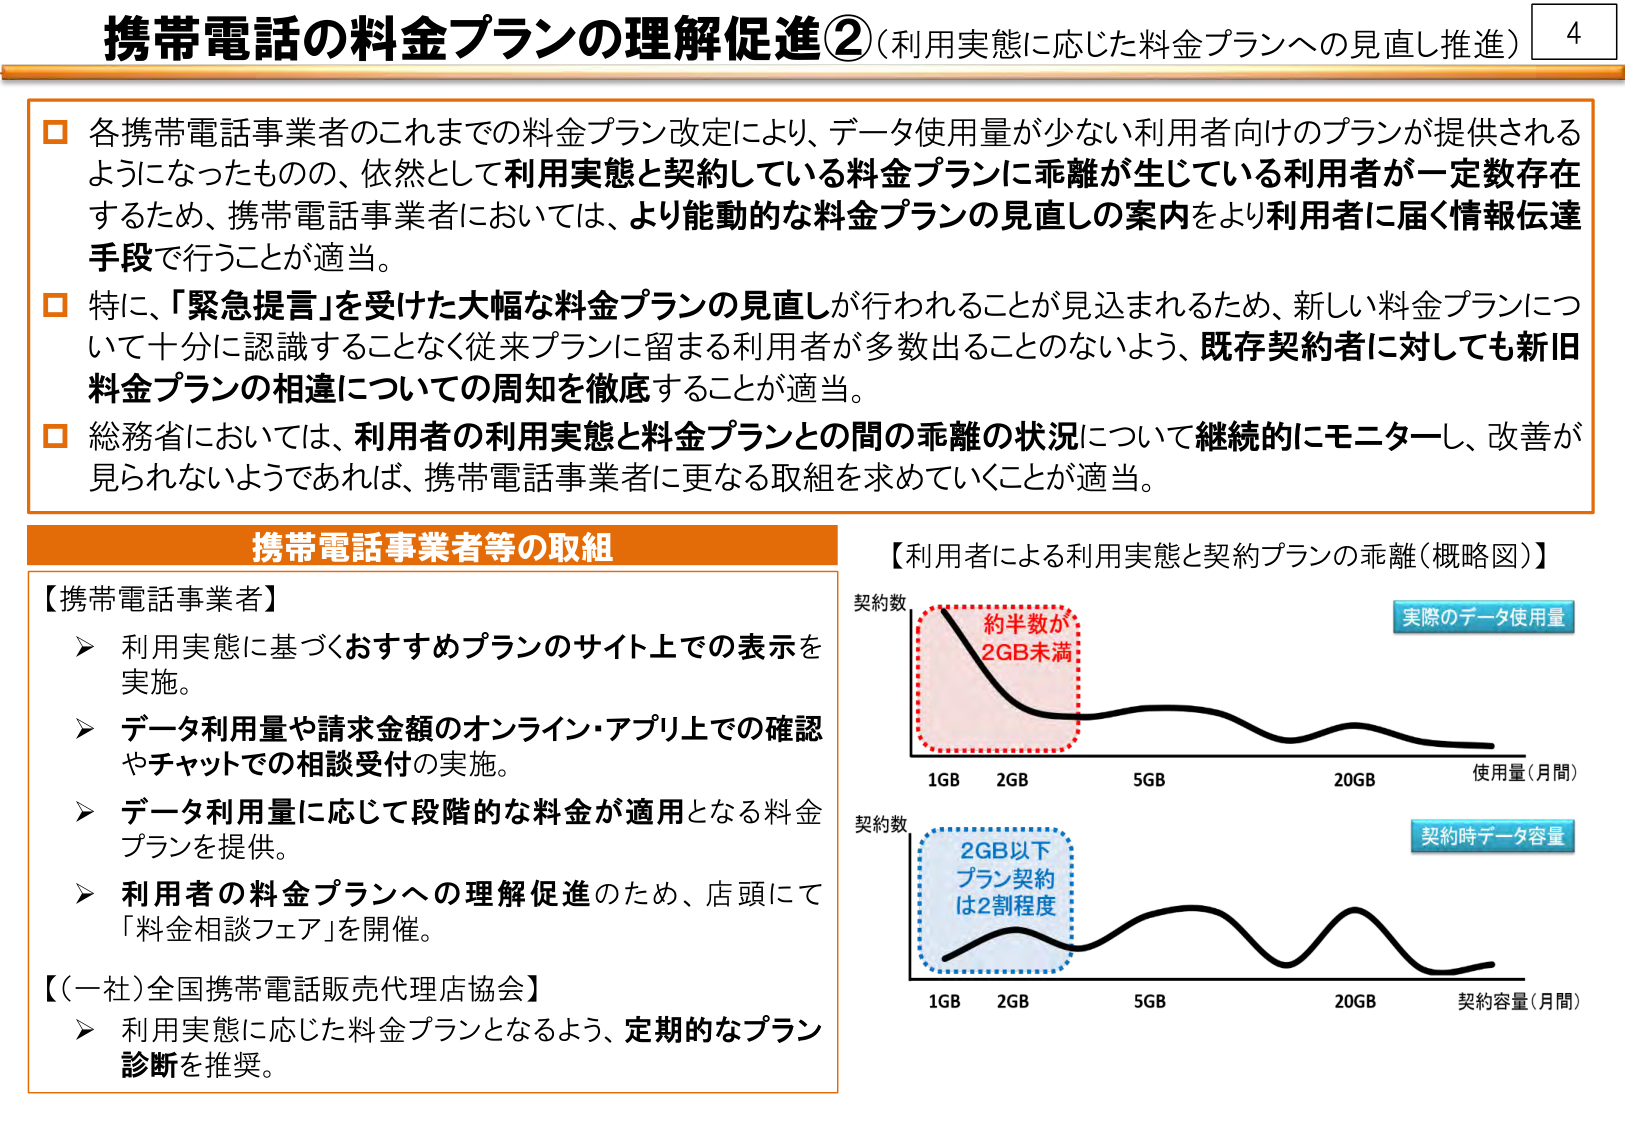
携帯電話の料金プランの理解促進②（利用実態に応じた料金プランへの見直し推進） 4

□ 各携帯電話事業者のこれまでの料金プラン改定により、データ使用量が少ない利用者向けのプランが提供されるようになったものの、依然として利用実態と契約している料金プランに乖離が生じている利用者が一定数存在するため、携帯電話事業者においては、より能動的な料金プランの見直しの案内をより利用者に届く情報伝達手段で行うことが適当。

□ 特に、「緊急提言」を受けた大幅な料金プランの見直しが行われることが見込まれるため、新しい料金プランについて十分に認識することなく従来プランに留まる利用者が多数出ることのないよう、既存契約者に対しても新旧料金プランの相違についての周知を徹底することが適当。

□ 総務省においては、利用者の利用実態と料金プランとの間の乖離の状況について継続的にモニターし、改善が見られないようであれば、携帯電話事業者に更なる取組を求めていくことが適当。

携帯電話事業者等の取組

【携帯電話事業者】
➤ 利用実態に基づくおすすめプランのサイト上での表示を実施。
➤ データ利用量や請求金額のオンライン・アプリ上での確認やチャットでの相談受付の実施。
➤ データ利用量に応じて段階的な料金が適用となる料金プランを提供。
➤ 利用者の料金プランへの理解促進のため、店頭にて「料金相談フェア」を開催。

【（一社）全国携帯電話販売代理店協会】
➤ 利用実態に応じた料金プランとなるよう、定期的なプラン診断を推奨。

【利用者による利用実態と契約プランの乖離（概略図）】

契約数
実際のデータ使用量
約半数が
2GB未満
1GB 2GB 5GB 20GB 使用量（月間）

契約数
契約時データ容量
2GB以下
プラン契約
は2割程度
1GB 2GB 5GB 20GB 契約容量（月間）